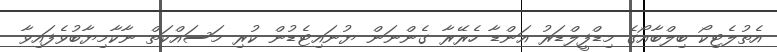
އެތުލެޓިކޯ ބިލްބާއޯގެ މިޑްފީލްޑަރު އަންޑާ ހެރޭރާ ގެންނަން ޔުނައިޓެޑުން ކުރި މަސައްކަތް ނާކާމިޔާބުވެފައިވާ